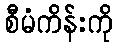
စီမံကိန်းကို